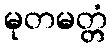
မုတမတ္တံ